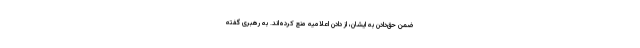
ضمن حق‌دادن به ایشان، از دادن اعلامیه منع كرده‌اند. به رهبرى گفته